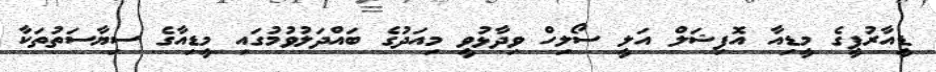
ޑީއާރުޕީގެ މީޑިއާ އޮފިޝަލް އަލީ ސޯލިހް ވިދާޅުވީ މިއަދުގެ ބައްދަލުވުމުގައި މީޑިއާގެ ސިޔާސަތުތަކާ